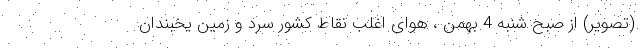
(تصویر) از صبح شنبه 4 بهمن ، هوای اغلب نقاط کشور سرد و زمین یخبندان